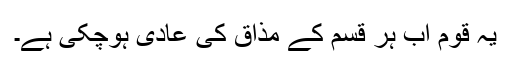
یہ قوم اب ہر قسم کے مذاق کی عادی ہوچکی ہے۔